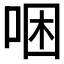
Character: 𠳁